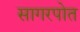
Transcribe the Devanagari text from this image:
सागरपोत